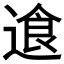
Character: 𬨷